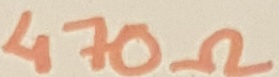
Text: 470Ω